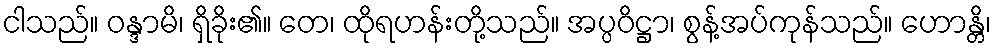
ငါသည်။ ဝန္ဒာမိ၊ ရှိခိုး၏။ တေ၊ ထိုရဟန်းတို့သည်။ အပ္ပဝိဋ္ဌာ၊ စွန့်အပ်ကုန်သည်။ ဟောန္တိ၊